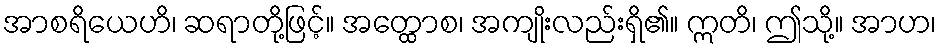
အာစရိယေဟိ၊ ဆရာတို့ဖြင့်။ အတ္ထောစ၊ အကျိုးလည်းရှိ၏။ ဣတိ၊ ဤသို့။ အာဟ၊